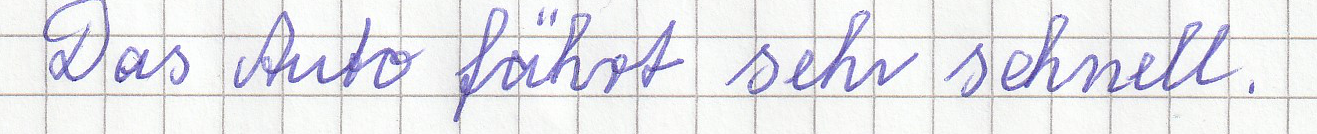
Das Auto fährt sehr schnell.